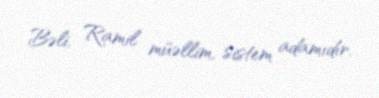
Bəli, Ramil müəllim, sistem adamıdır.